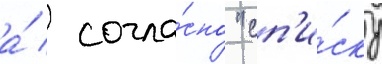
а́ / согла́сно "сп'и́ску